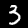
Digit: 3